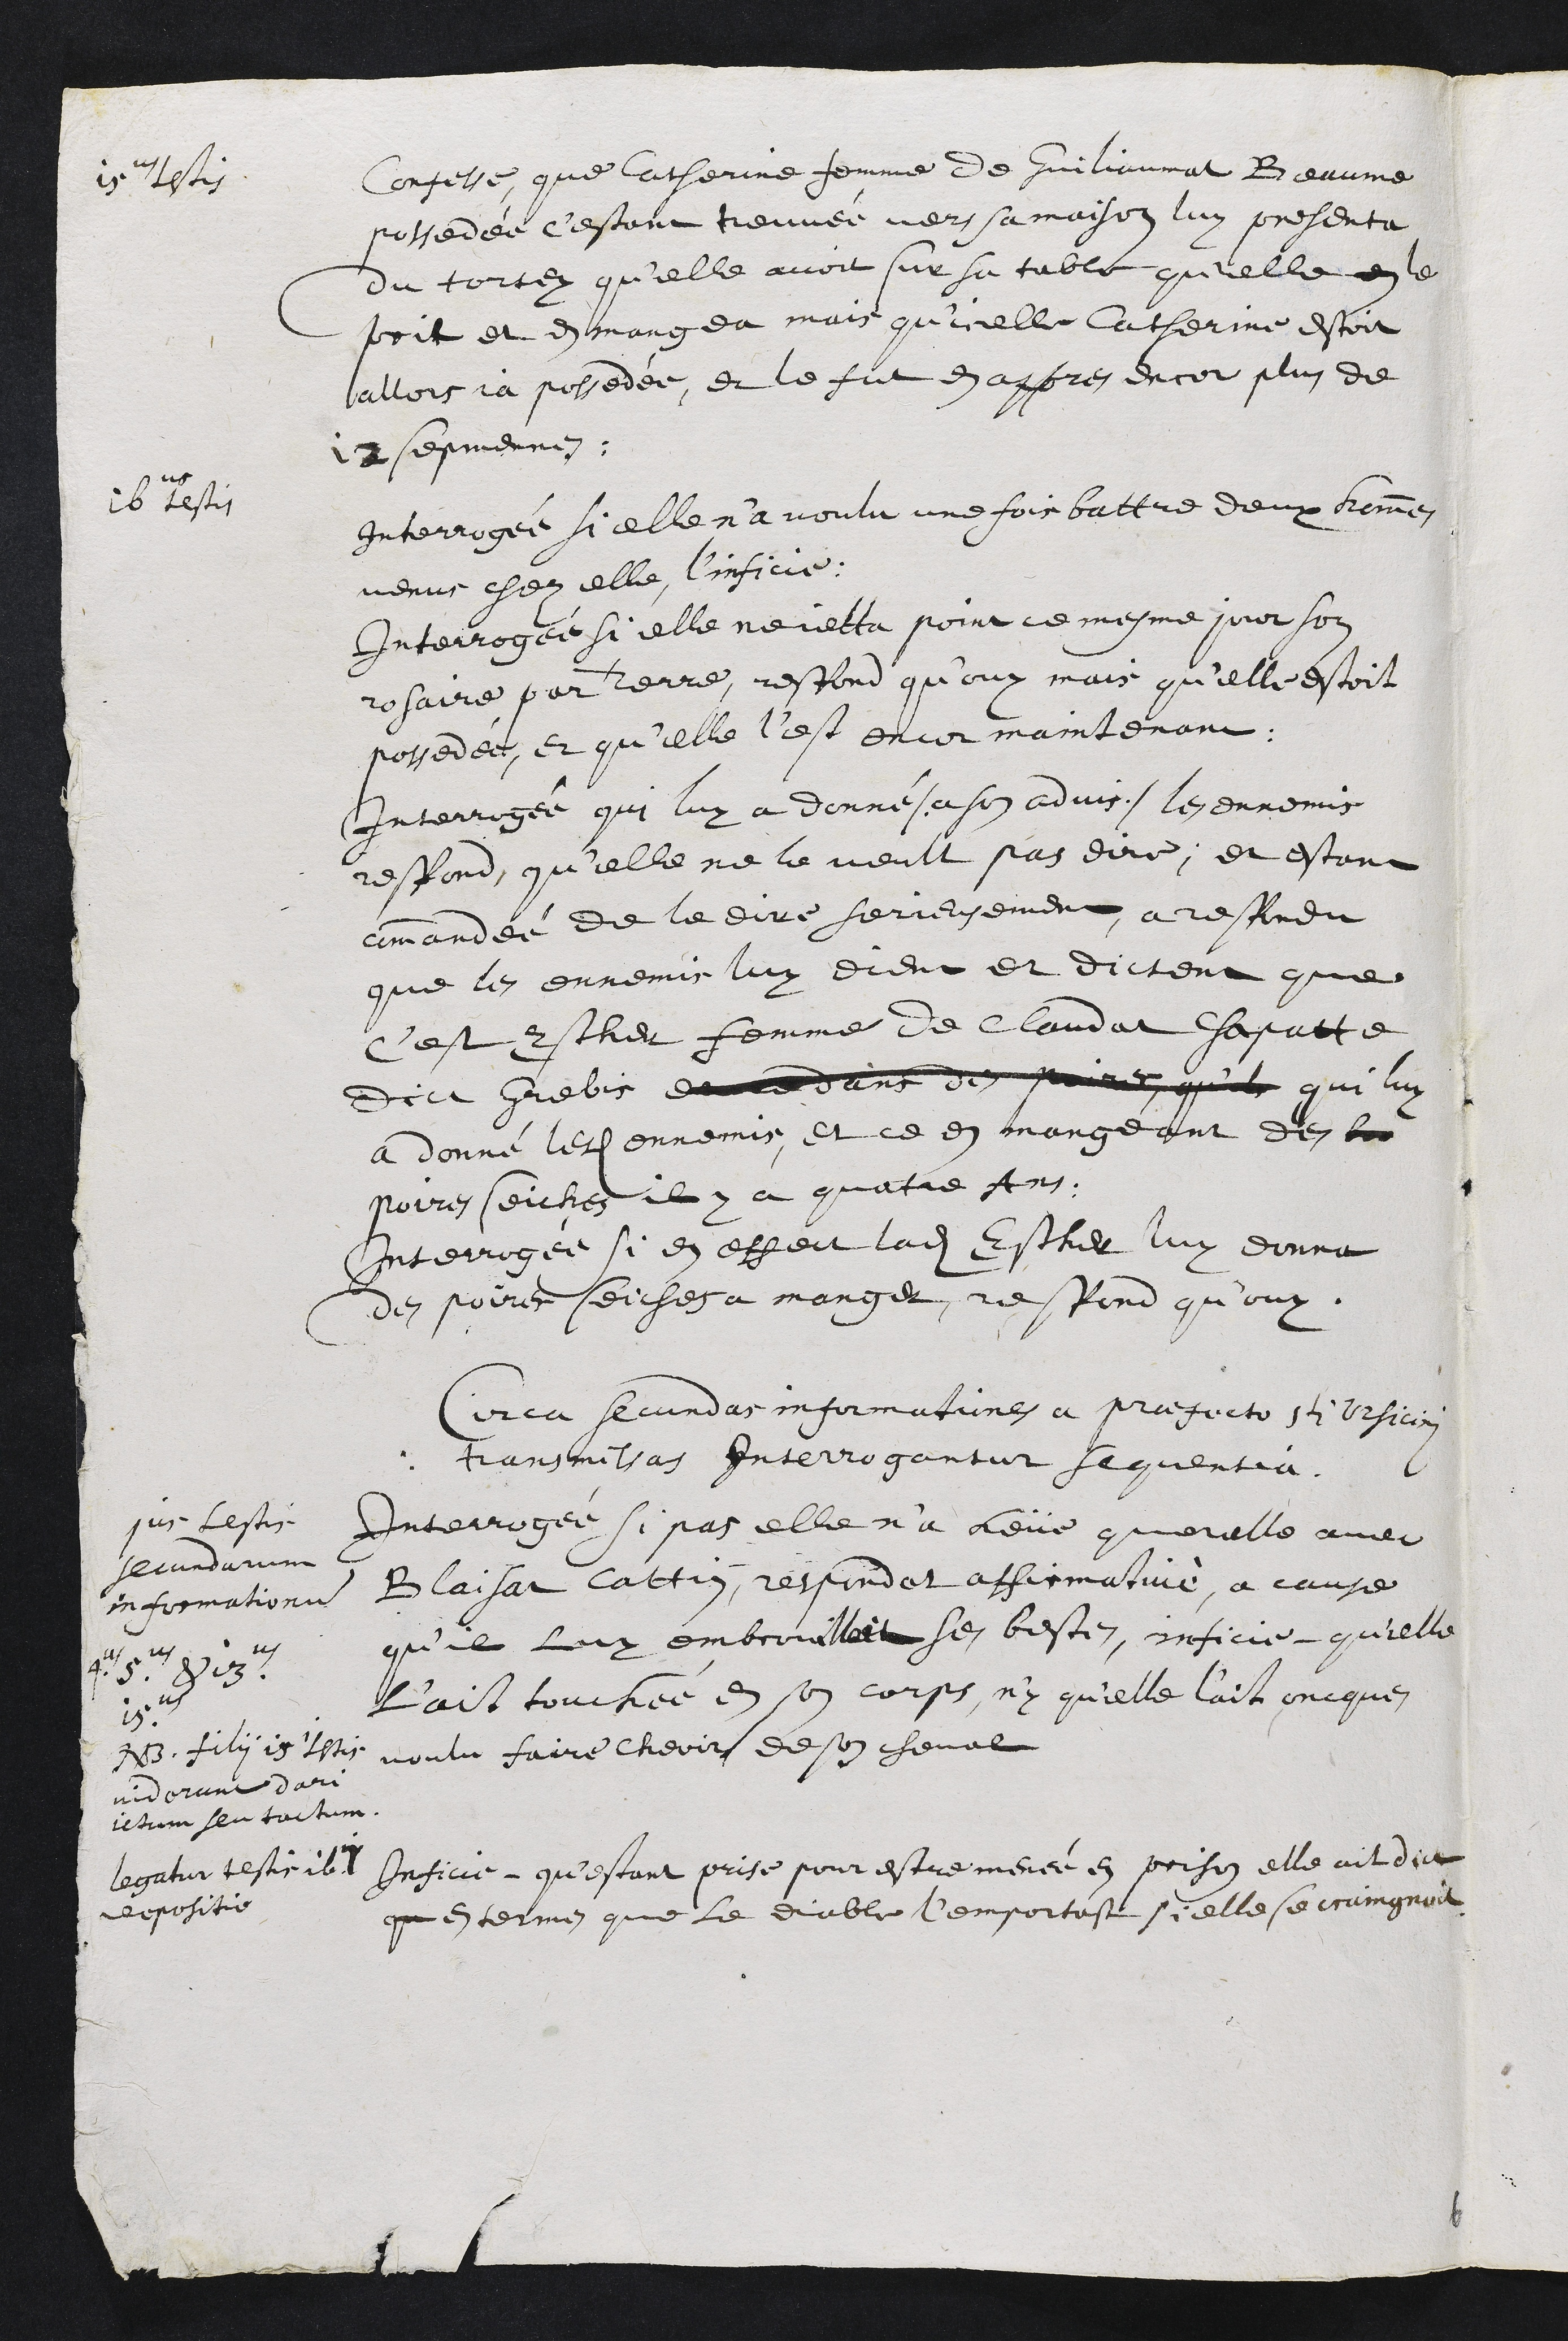
15us testis
Confesse, que Catherine femme de Guilaumat Beaume
possedée c'estant treuvée vers sa maison luy presenta
du tortez qu'elle avoit sur sa table qu'elle en le
prit et en mangea mais qu'icelle Catherine estoit
allors ja possedée, et le fut en appres encor plus de
12 sepmennes.
16us testis
Interrogée si elle n’a voulu une fois battre deux hommes
venus chez elle, l’inficie.
Interrogée si elle ne jetta point ce mesme jour son
rosaire par terre, respond qu’ouy mais qu’elle estoit
possedée, et qu’elle l’est encor maintenant.
Interrogée qui luy a donné (a son advis) les ennemis
respond, qu'elle ne le veult pas dire, et estant
commandée de le dire serieusement a respondu
que les ennemis luy dient et dictent que
c'est Esther femme de Claudat Chapatte
dict Grebis de ce dans des poires quil qui luy
a donné lesdits ennemis, et ce en mangeant des
poires seiches il y a quatre ans.
Interrogée si en effect ladite Esther luy donna
des poire seiches a manger, respond qu’ouy,
Circa secundas informationes a praefecto Sti Ursicini
transmissas Interrogantur sequentiae.
1us testis
secundarum
informationum
Interrogée si pas elle n’a heüe querelle avec
Blaisat Cattin, respondet affirmative, a cause
qu’il luy embrouilloit ses bestes, inficie qu'elle
l'ait touchée en son corps, ny qu'elle l'ait oncques
voulu faire cheoir de son cheval
4us 5us & 13us
15us
NB. filii 15i testis
viderunt dari
ictum seu tactum.
legatur testi 16i
depositio
Inficie qu’estant prise pour estre menée en prison elle ait dict
que en termes que le diable lemportast si elle se craingnoit
6